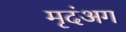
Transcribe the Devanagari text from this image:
मृदंअग